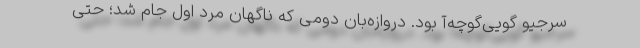
سرجیو گویی‌گوچه‌آ بود. دروازه‌بان دومی که ناگهان مرد اول جام شد؛ حتی